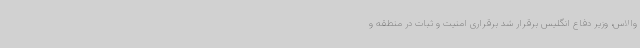
والاس، وزیر دفاع انگلیس برقرار شد برقراری امنیت و ثبات در منطقه و